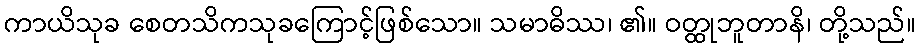
ကာယိသုခ စေတသိကသုခကြောင့်ဖြစ်သော။ သမာဓိဿ၊ ၏။ ဝတ္ထုဘူတာနိ၊ တို့သည်။